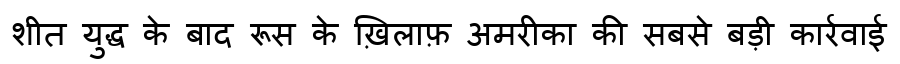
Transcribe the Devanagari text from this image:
शीत युद्ध के बाद रूस के ख़िलाफ़ अमरीका की सबसे बड़ी कार्रवाई